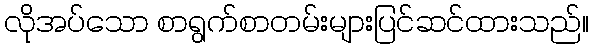
လိုအပ်သော စာရွက်စာတမ်းများပြင်ဆင်ထားသည်။